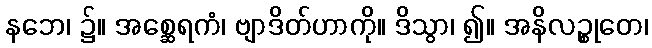
နဘေ၊ ၌။ အစ္ဆေရကံ၊ ဗျာဒိတ်ဟာကို။ ဒိသွာ၊ ၍။ အနိလဉ္စုတေ၊